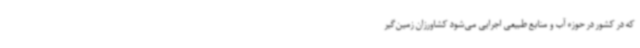
که در کشور در حوزه آب و منابع طبیعی اجرایی می‌شود کشاورزان زمین‌گیر